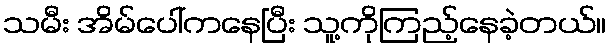
သမီး အိမ်ပေါ်ကနေပြီး သူ့ကိုကြည့်နေခဲ့တယ်။